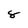
Character: 8